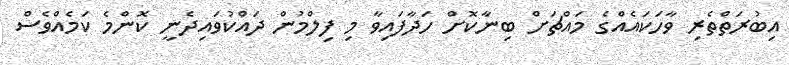
އިބުރަތްތެރި ވާހަކައެއްގެ މައްޗަށް ބިނާކޮށް ހަދާފައިވާ މި ފިލްމުން ދައްކުވައިދެނީ ކޮންމެ ކަމެއްވެސް